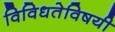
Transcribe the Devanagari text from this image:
विविधतेविषयी